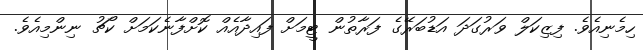
ހިމެނިއެވެ. ފިޒިކަލް ވަރުގަދަ އަޑުބަރޭގެ ފަރާތުން ޓީމަށް ފައިދާއެއް ކޮށްފާނެކަމަށް ކޯޗު ނިންމިއެވެ.